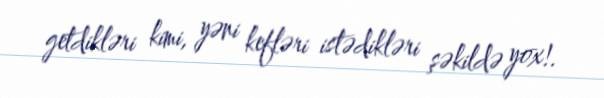
getdikləri kimi, yəni kefləri istədikləri şəkildə yox!.